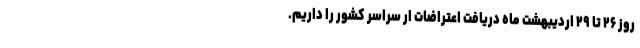
روز ۲۶ تا ۲۹ اردیبهشت ماه دریافت اعتراضات ار سراسر کشور را داریم.